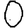
Digit: 0